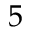
5